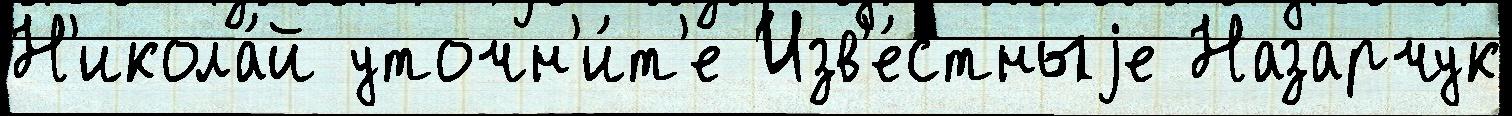
Н'икола́й уточн'и́т'е Изв'е́стныjе Назарчук